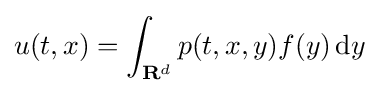
u(t,x)=\int _{\mathbf {R} ^{d}}p(t,x,y)f(y)\,\mathrm {d} y